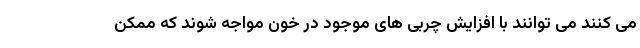
می کنند می توانند با افزایش چربی های موجود در خون مواجه شوند که ممکن